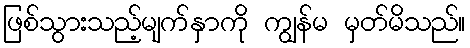
ဖြစ်သွားသည့်မျက်နှာကို ကျွန်မ မှတ်မိသည်။